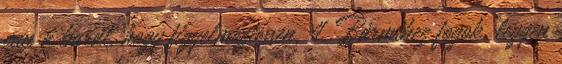
van a barát, hogy figyelmeztessen. 4. Bármihez fogok, legyen